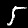
Label: 5